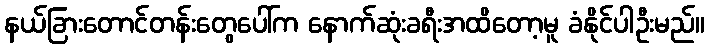
နယ်ခြားတောင်တန်းတွေပေါ်က နောက်ဆုံးခရီးအထိတော့မူ ခံနိုင်ပါဦးမည်။